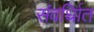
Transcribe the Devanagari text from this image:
संवर्धिात